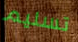
تسليم